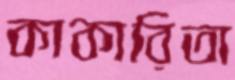
কাকারিতা